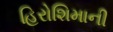
હિરોશિમાની